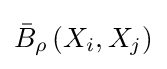
{\bar {B}}_{\rho }\left(X_{i},X_{j}\right)